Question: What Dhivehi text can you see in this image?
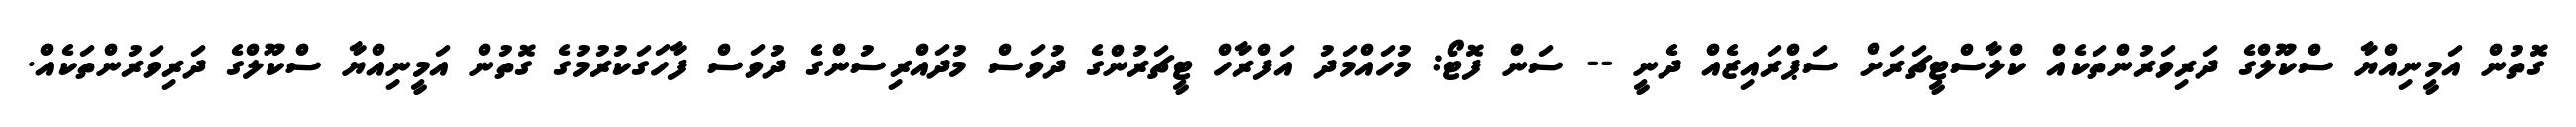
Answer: ގޮތުން އަމީނިއްޔާ ސްކޫލްގެ ދަރިވަރުންތަކެއް ކްލާސްޓީޗަރަށް ސަޕްރައިޒެއް ދެނީ -- ސަން ފޮޓޯ: މުހައްމަދު އަފްރާހް ޓީޗަރުންގެ ދުވަސް މުދައްރިސުންގެ ދުވަސް ފާހަގަކުރުމުގެ ގޮތުން އަމީނިއްޔާ ސްކޫލްގެ ދަރިވަރުންތަކެއް.